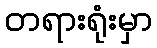
တရားရုံးမှာ